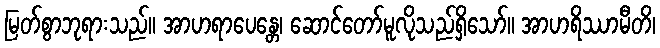
မြတ်စွာဘုရားသည်။ အာဟရာပေန္တေ၊ ဆောင်တော်မူလိုသည်ရှိသော်။ အာဟရိဿာမီတိ၊